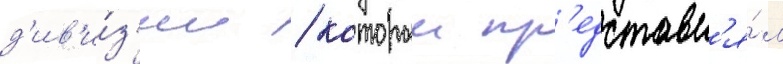
д'ив'и́з'ии / которыи пр'едставл'я́л